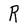
Character: R